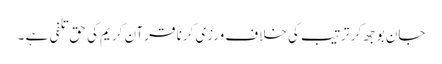
جان بوجھ کر ترتیب کی خلاف ورزی کرنا قرآن کریم کی حق تلفی ہے ۔